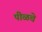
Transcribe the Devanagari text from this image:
पीळचे